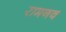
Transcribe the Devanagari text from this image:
रामनव